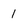
Character: 1